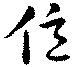
億